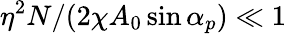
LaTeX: \eta^{2}N/(2\chi A_{0}\sin{\alpha_{p}})\ll 1